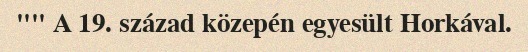
"" A 19. század közepén egyesült Horkával.